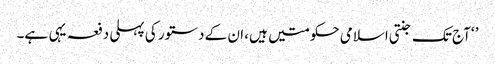
’ ‘آج تک جنتی اسلامی حکومتیں ہیں، ان کے دستور کی پہلی دفعہ یہی ہے۔